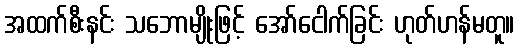
အထက်စီးနင်း သဘောမျိုးဖြင့် အော်ငေါက်ခြင်း ဟုတ်ဟန်မတူ။